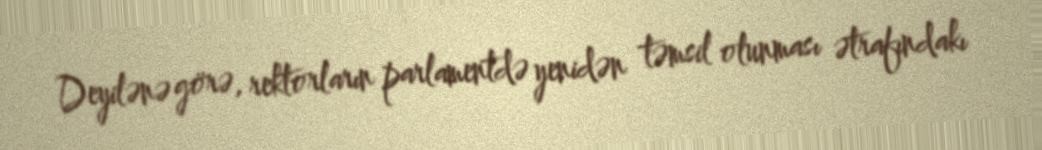
Deyilənə görə, rektorların parlamentdə yenidən təmsil olunması ətrafındakı